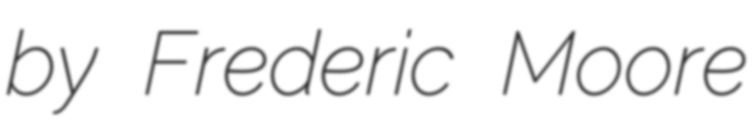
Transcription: by Frederic Moore